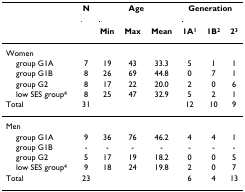
<table><thead><tr><td></td><td><b>N</b></td><td colspan="3"><b>Age</b></td><td colspan="3"><b>Generation</b></td></tr><tr><td></td><td></td><td><b>Min</b></td><td><b>Max</b></td><td><b>Mean</b></td><td><b>1A<sup>1</sup></b></td><td><b>1B<sup>2</sup></b></td><td><b>2<sup>3</sup></b></td></tr></thead><tbody><tr><td>Women</td><td></td><td></td><td></td><td></td><td></td><td></td><td></td></tr><tr><td> group G1A</td><td>7</td><td>19</td><td>43</td><td>33.3</td><td>5</td><td>1</td><td>1</td></tr><tr><td> group G1B</td><td>8</td><td>26</td><td>69</td><td>44.8</td><td>0</td><td>7</td><td>1</td></tr><tr><td> group G2</td><td>8</td><td>17</td><td>22</td><td>20.0</td><td>2</td><td>0</td><td>6</td></tr><tr><td> low SES group<sup>4</sup></td><td>8</td><td>25</td><td>47</td><td>32.9</td><td>5</td><td>2</td><td>1</td></tr><tr><td>Total</td><td>31</td><td></td><td></td><td></td><td>12</td><td>10</td><td>9</td></tr><tr><td>Men</td><td></td><td></td><td></td><td></td><td></td><td></td><td></td></tr><tr><td> group G1A</td><td>9</td><td>36</td><td>76</td><td>46.2</td><td>4</td><td>4</td><td>1</td></tr><tr><td> group G1B</td><td>-</td><td>-</td><td>-</td><td>-</td><td>-</td><td>-</td><td>-</td></tr><tr><td> group G2</td><td>5</td><td>17</td><td>19</td><td>18.2</td><td>0</td><td>0</td><td>5</td></tr><tr><td> low SES group<sup>4</sup></td><td>9</td><td>18</td><td>24</td><td>19.8</td><td>2</td><td>0</td><td>7</td></tr><tr><td>Total</td><td>23</td><td></td><td></td><td></td><td>6</td><td>4</td><td>13</td></tr></tbody></table>